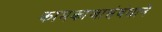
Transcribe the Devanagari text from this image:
कामकाजासंबंधाने